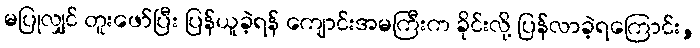
မပြုလျှင် တူးဖော်ပြီး ပြန်ယူခဲ့ရန် ကျောင်းအမကြီးက ခိုင်းလို့ ပြန်လာခဲ့ရကြောင်း,